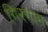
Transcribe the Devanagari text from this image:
गिरगाम